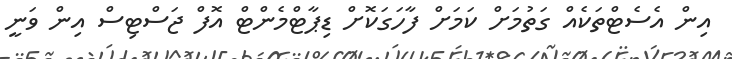
އިން އެސެޓްތަކެއް ގަތުމަށް ކަމަށް ފާހަގަކޮށް ޑިޕާޓްމެންޓް އޮފް ޖަސްޓިސް އިން ވަނީ